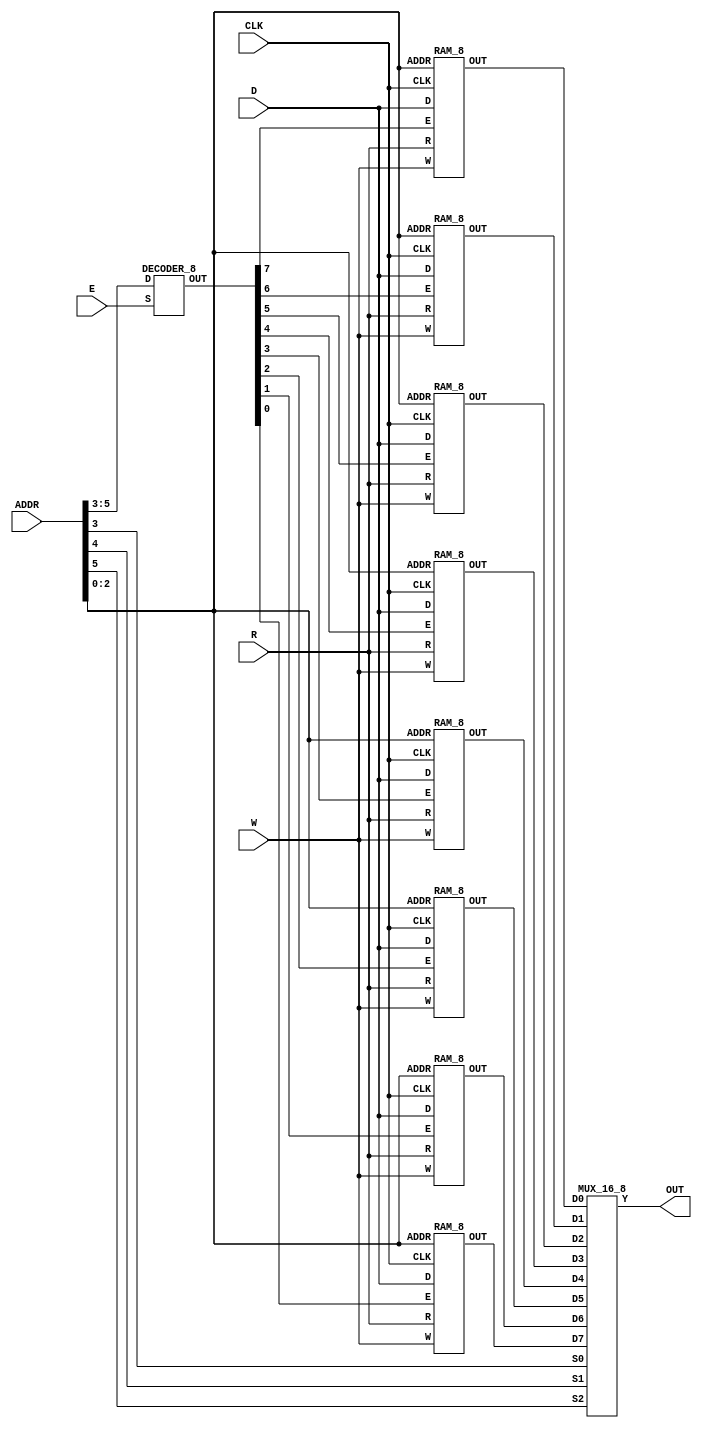

module RAM_64(OUT,D,CLK,W,R,E,ADDR);
output [15:0] OUT ;
input [15:0] D;
input CLK,E,W,R ;
input [5:0]ADDR;
wire [7:0]rs;
wire [15:0]o1,o2,o3,o4,o5,o6,o7,o8;

DECODER_8 Address(rs,E,ADDR[5:3]);
RAM_8 r1(o1,D,CLK,W,R,rs[7],ADDR[2:0]);
RAM_8 r2(o2,D,CLK,W,R,rs[6],ADDR[2:0]);
RAM_8 r3(o3,D,CLK,W,R,rs[5],ADDR[2:0]);
RAM_8 r4(o4,D,CLK,W,R,rs[4],ADDR[2:0]);
RAM_8 r5(o5,D,CLK,W,R,rs[3],ADDR[2:0]);
RAM_8 r6(o6,D,CLK,W,R,rs[2],ADDR[2:0]);
RAM_8 r7(o7,D,CLK,W,R,rs[1],ADDR[2:0]);
RAM_8 r8(o8,D,CLK,W,R,rs[0],ADDR[2:0]);

MUX_16_8 m(OUT,ADDR[3],ADDR[4],ADDR[5],o1,o2,o3,o4,o5,o6,o7,o8);

endmodule

module RAM_8(OUT,D,CLK,W,R,E,ADDR);
output [15:0] OUT ;
input [15:0] D;
input CLK,E,W,R ;
input [2:0]ADDR;
wire [7:0]cs;
wire [15:0]o1,o2,o3,o4,o5,o6,o7,o8;

DECODER_8 Address(cs,E,ADDR);
REG_16BIT r1(o1,D,CLK,W,R,cs[7]);
REG_16BIT r2(o2,D,CLK,W,R,cs[6]);
REG_16BIT r3(o3,D,CLK,W,R,cs[5]);
REG_16BIT r4(o4,D,CLK,W,R,cs[4]);
REG_16BIT r5(o5,D,CLK,W,R,cs[3]);
REG_16BIT r6(o6,D,CLK,W,R,cs[2]);
REG_16BIT r7(o7,D,CLK,W,R,cs[1]);
REG_16BIT r8(o8,D,CLK,W,R,cs[0]);

MUX_16_8 m(OUT,ADDR[0],ADDR[1],ADDR[2],o1,o2,o3,o4,o5,o6,o7,o8);

endmodule

module REG_16BIT(OUT,D,CLK,W,R,CS) ;

output [15:0] OUT ;
input [15:0] D;
input CLK,CS,W,R ;

BIT_BINARY_CELL B[15:0](OUT,D,CLK,W,R,CS) ; 

endmodule 

module BIT_BINARY_CELL(OUT,D,CLK,W,R,CS);
	output OUT;
	input D,CLK,R,W,CS;
	wire w,r,d,q;

	AND a1(w,W,CS) ;
	AND a2(r,R,CS) ;
	MUX21 m1(d,w,q,D) ;
	D_FLIP_FLOP_RE d1(q,,d,CLK) ;
	MUX21 m2(OUT,r,1'bx,q) ;
	
endmodule

module D_FLIP_FLOP_RE(Q,Q_,D,CLK);
    input D,CLK;
    output Q,Q_;
    wire c,q;
    nand(c,CLK,CLK);
    D_LATCH d1(q,,D,c);
    D_LATCH d2(Q,Q_,q,CLK);

endmodule

module D_LATCH(Q,Q_,D,CLK);
    input D,CLK;
    output Q,Q_;
    wire a,b;
    nand(a,D,CLK);
    nand(b,a,CLK);
    nand(Q,Q_,a);
    nand(Q_,Q,b);
endmodule

module DECODER_8(OUT,S,D) ;

output [7:0] OUT ;
input [2:0] D ;
input S ;
wire [1:0] t ;

DECODER_2 d1(t[1:0],S,D[2]);
DECODER_4 d2(OUT[3:0],t[0],D[1:0]) ;
DECODER_4 d3(OUT[7:4],t[1],D[1:0]) ;

endmodule 

module DECODER_4(OUT,S,D) ;

output [3:0] OUT ;
input [1:0] D ;
input S ;
wire [1:0] t ;

DECODER_2 d1(t[1:0],S,D[1]) ;
DECODER_2 d2(OUT[3:2],t[1],D[0]) ;
DECODER_2 d3(OUT[1:0],t[0],D[0]) ;

endmodule 

module DECODER_2(OUT,S,D) ;

output [1:0] OUT ;
input S,D;
wire d;

nand(d,D,D) ;
AND a1(OUT[0],S,D) ;
AND a2(OUT[1],S,d) ;

endmodule 

module MUX_16_8(Y,S0,S1,S2,D0,D1,D2,D3,D4,D5,D6,D7);
	output [15:0]Y;
	input [15:0] D0,D1,D2,D3,D4,D5,D6,D7;
	input S0,S1,S2;
	wire [15:0]x,y;
	
	MUX_16_4 mux_1(x,S0,S1,D0,D1,D2,D3);
	MUX_16_4 mux_2(y,S0,S1,D4,D5,D6,D7);
	MUX21 mux_3[15:0](Y,S2,x,y);
endmodule

module MUX_16_4(Y,S0,S1,D0,D1,D2,D3);
	input [15:0]D0,D1,D2,D3;
	input S0,S1;
	output [15:0]Y;
	wire [15:0]x,y;
	
	MUX_16 mux_1[15:0](x,S0,D0,D1);
	MUX_16 mux_2[15:0](y,S0,D2,D3);
	MUX_16 mux_3[15:0](Y,S1,x,y);
endmodule

module MUX_16(Y,S,D1,D2);
output [15:0] Y;
input [15:0] D1,D2;
input S;
MUX21 mux_1[15:0](Y,S,D1,D2);
endmodule

module MUX21(Y,S,D1,D2);
	output Y;
	input S,D1,D2;
	wire s,d1,d2;
	NOT n_1(s,S);
	AND and_1(d1,D1,s);
	AND and_2(d2,D2,S);
	OR or_1(Y,d1,d2);
endmodule

module AND(Y,A,B);
	input A,B;
	output Y;
	wire x;	
	nand(x,A,B);
	nand(Y,x,x);
endmodule

module NOT(Y,A);
	input A;
	output Y;
	nand(Y,A,A);
endmodule

module OR(Y,A,B);
	input A,B;
	output Y;
	wire x,z;
	nand (x,A,A);
	nand (z,B,B);
	nand (Y,x,z);
endmodule